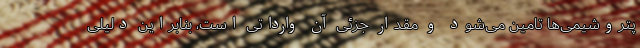
پتروشیمی‌ها تامین می‌شود و مقدار جزئی آن وارداتی است، بنابراین دلیلی